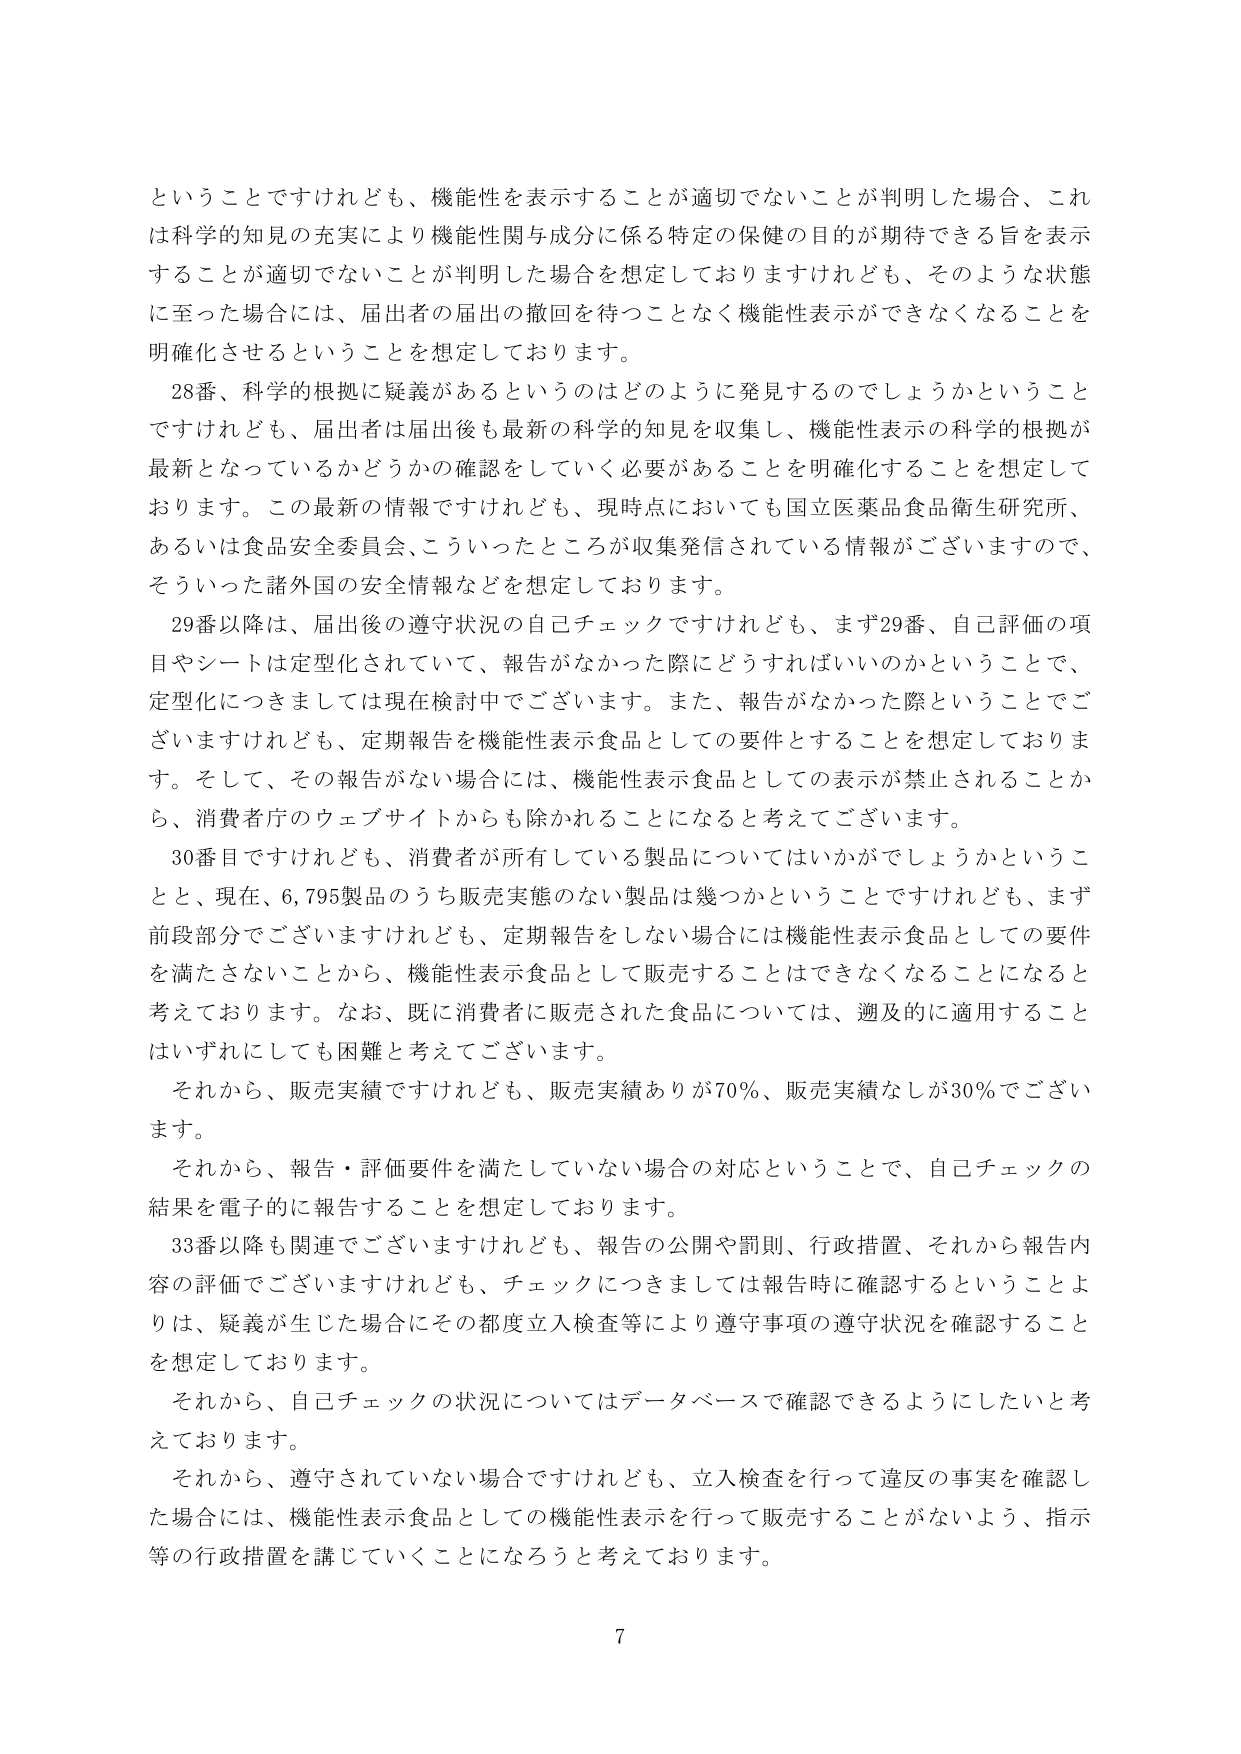
ということですけれども、機能性を表示することが適切でないことが判明した場合、これは科学的知見の充実により機能性関与成分に係る特定の保健的目的が期待できる旨を表示することが適切でないことが判明した場合を想定しておりますけれども、そのような状態に至った場合には、届出者の届出の撤回を待つことなく機能性表示ができなくなることを明確化させるということを想定しております。

28番、科学的根拠に疑義があるというのはどのように発見するのでしょうかということですけれども、届出者は届出後も最新の科学的知見を収集し、機能性表示の科学的根拠が最新となっているかどうかの確認をしていく必要があることを明確化することを想定しております。この最新の情報ですけれども、現時点においても国立医薬品食品衛生研究所、あるいは食品安全委員会、こういったところが収集発信されている情報がございますので、そういった諸外国の安全情報などを想定しております。

29番以降は、届出後の遵守状況の自己チェックですけれども、まず29番、自己評価の項目やシートは定型化されていて、報告がなかった際にどうすればいいのかということで、定型化につきましては現在検討中でございます。また、報告がなかった際ということでございますけれども、定期報告を機能性表示食品としての要件とすることを想定しております。そして、その報告がない場合には、機能性表示食品としての表示が禁止されることから、消費者庁のウェブサイトからも除かれることになると考えております。

30番目ですけれども、消費者が所有している製品についてはいかがでしょうかということと、現在、6,795製品のうち販売実態のない製品は幾つかということですけれども、まず前段部分でございますけれども、定期報告をしない場合には機能性表示食品としての要件を満たさないことから、機能性表示食品として販売することはできなくなることになると考えております。なお、既に消費者に販売された食品については、遡及的に適用することはいずれにしても困難と考えております。

それから、販売実績ですけれども、販売実績ありが70％、販売実績なしが30％でございます。

それから、報告・評価要件を満たしていない場合の対応ということで、自己チェックの結果を電子的に報告することを想定しております。

33番以降も関連でございますけれども、報告の公開や罰則、行政措置、それから報告内容の評価でございますけれども、チェックにつきましては報告時に確認するということよりは、疑義が生じた場合にその都度立入検査等により遵守事項の遵守状況を確認することを想定しております。

それから、自己チェックの状況についてはデータベースで確認できるようにしたいと考えております。

それから、遵守されていない場合ですけれども、立入検査を行って違反の事実を確認した場合には、機能性表示食品としての機能性表示を行って販売することがないよう、指示等の行政措置を講じていくことになろうと考えております。

7